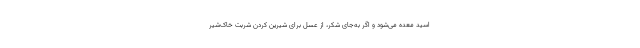
اسید معده می‌شود و اگر به‌جای شکر، از عسل برای شیرین کردن شربت خاک‌شیر